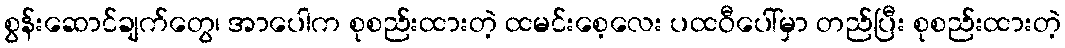
စွန်းဆောင်ချက်တွေ၊ အာပေါက စုစည်းထားတဲ့ ထမင်းစေ့လေး ပထဝီပေါ်မှာ တည်ပြီး စုစည်းထားတဲ့